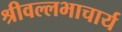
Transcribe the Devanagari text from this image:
श्रीवल्‍लभाचार्य